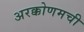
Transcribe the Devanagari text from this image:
अरक्कोणमची